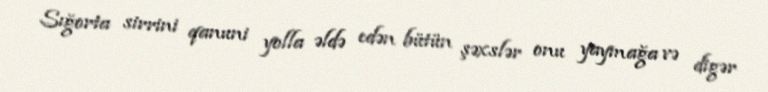
Sığorta sirrini qanuni yolla əldə edən bütün şəxslər onu yaymağa və digər